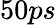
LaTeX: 50ps